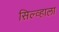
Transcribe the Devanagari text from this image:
सिल्व्हाला